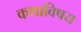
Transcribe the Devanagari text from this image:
कथाविषय